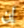
إن